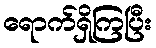
ရောက်ရှိကြပြီး